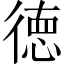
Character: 徳